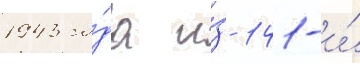
1943 го́да и́з 141-и́